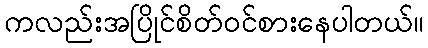
ကလည်းအပြိုင်စိတ်ဝင်စားနေပါတယ်။